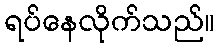
ရပ်နေလိုက်သည်။